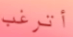
أترغب